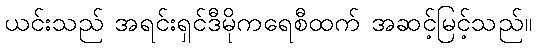
ယင်းသည် အရင်းရှင်ဒီမိုကရေစီထက် အဆင့်မြင့်သည်။